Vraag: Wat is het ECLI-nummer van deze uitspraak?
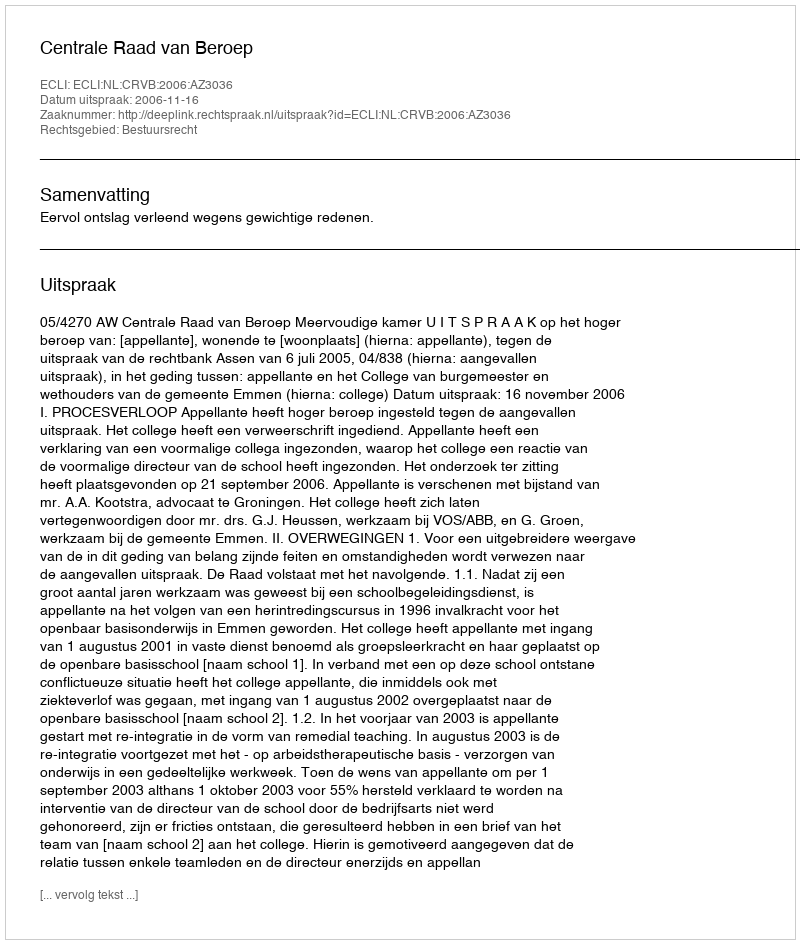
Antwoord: ECLI:NL:CRVB:2006:AZ3036